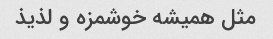
مثل همیشه خوشمزه و لذیذ